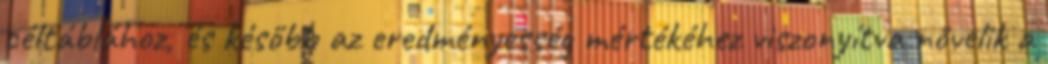
céltáblához, és később az eredményesség mértékéhez viszonyítva növelik a